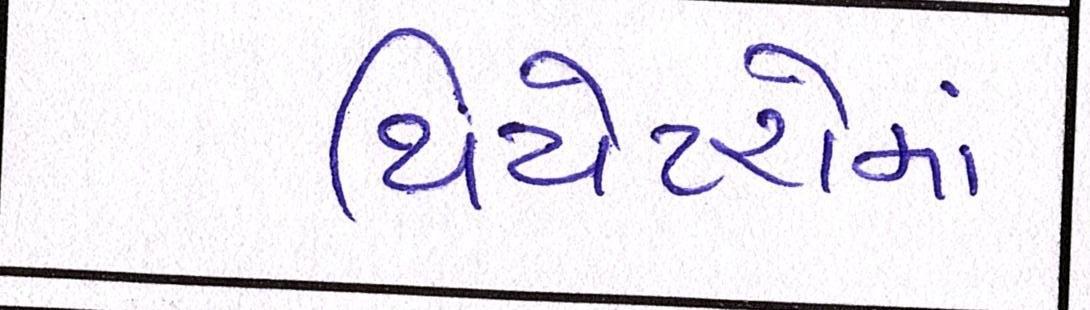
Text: થિયેટરોમાં